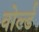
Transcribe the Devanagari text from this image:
वोर्ल्ड